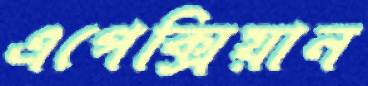
এপেক্সিয়ান